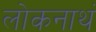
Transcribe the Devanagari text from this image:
लोकनाथं